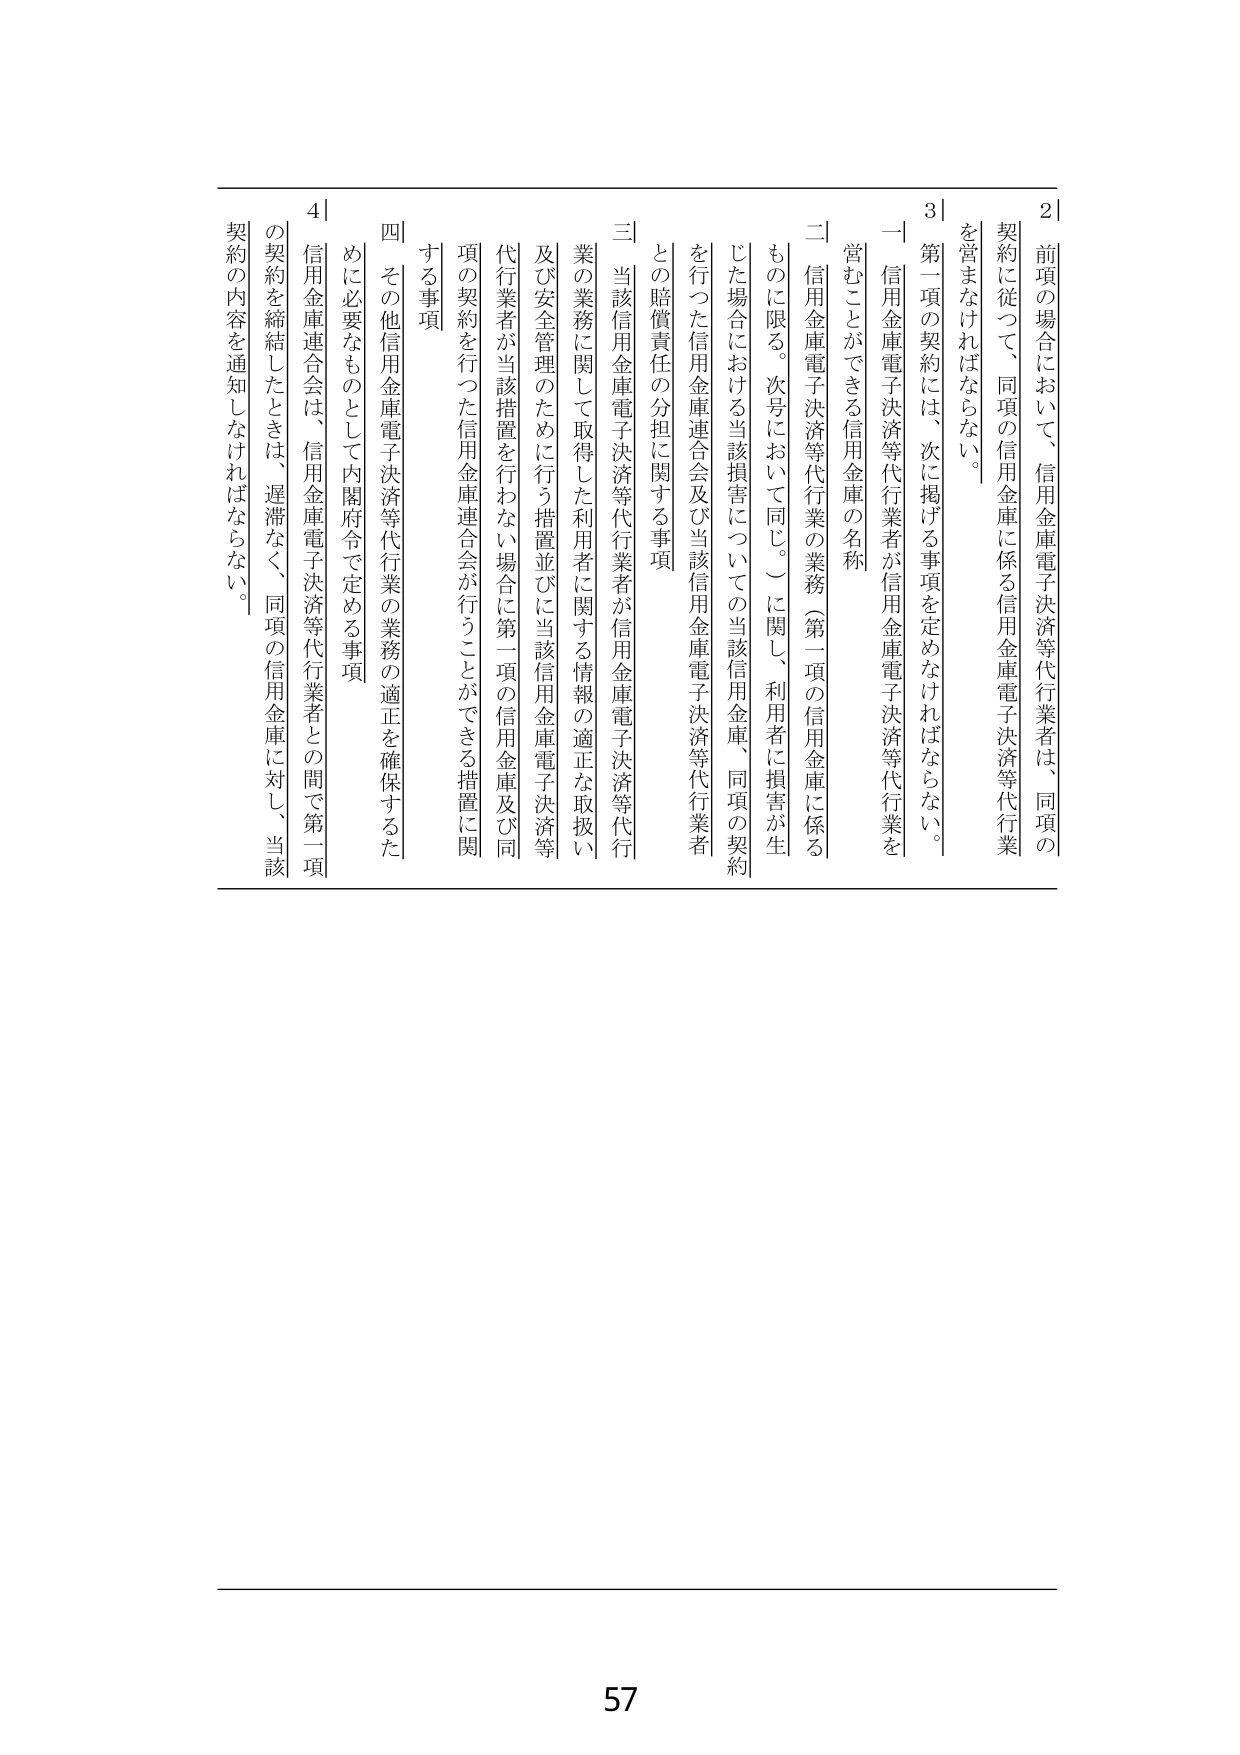
2 前項の場合において、信用金庫電子決済等代行業者は、同項の契約に従って、同項の信用金庫に係る信用金庫電子決済等代行業を営まなければならない。

3 第一項の契約には、次に掲げる事項を定めなければならない。
一 信用金庫電子決済等代行業者が信用金庫電子決済等代行業を営むことができる信用金庫の名称
二 信用金庫電子決済等代行業の業務（第一項の信用金庫に係るものに限る。次号において同じ。）に関し、利用者に損害が生じた場合における当該損害についての当該信用金庫、同項の契約を行った信用金庫連合会及び当該信用金庫電子決済等代行業者との賠償責任の分担に関する事項
三 当該信用金庫電子決済等代行業者が信用金庫電子決済等代行業の業務に関して取得した利用者に関する情報の適正な取扱い及び安全管理のために行う措置並びに当該信用金庫電子決済等代行業者が当該措置を行わない場合に第一項の信用金庫及び同項の契約を行った信用金庫連合会が行うことができる措置に関する事項
四 その他信用金庫電子決済等代行業の業務の適正を確保するために必要なものとして内閣府令で定める事項

4 信用金庫連合会は、信用金庫電子決済等代行業者との間で第一項の契約を締結したときは、遅滞なく、同項の信用金庫に対し、当該契約の内容を通知しなければならない。

57